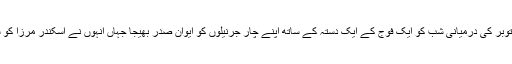
ایوب خان نے اسکندر مرزا کی سازش بھانپ لی اور 26اور 27اکتوبر کی درمیانی شب کو ایک فوج کے ایک دستہ کے ساتھ اپنے چار جرنیلوں کو ایوان صدر بھیجا جہاں انہوں نے اسکندر مرزا کو سوتے سے اٹھایا اور انہیں طیارہ میں بٹھا کر لندن ملک بدر کردیا۔